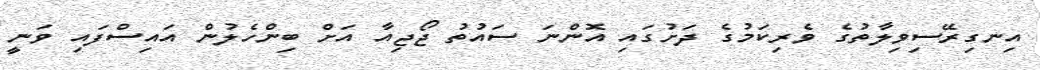
އިނގިރޭސިވިލާތުގެ ވެރިކަމުގެ ދަށުގައި އޮންނަ ސައުތު ޖޯޖިއާ އަށް ބިންހެލުން އައިސްފައި ވަނީ